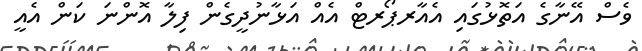
ވެސް އޭނާގެ އަތޮޅުގައި އެއާރޕޯރޓް އެއް އަޅާނުދީގެން ފިލާ އޮންނަ ކަން އެއީ